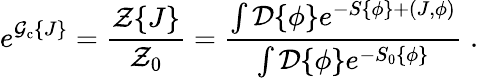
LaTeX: e^{{\cal{G}}_{\mathrm{c}}\{ J\} }=\frac{{\cal{Z}}\{ J\} }{{\cal{Z}}_{0}}=\frac{\int{\cal{D}}\{ \phi\} e^{-S\{ \phi\} +(J,\phi)}}{\int{\cal{D}}\{ \phi\} e^{-S_{0}\{ \phi\} }}\; .